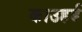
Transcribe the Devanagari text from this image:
काउहर्ड